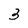
Character: 3